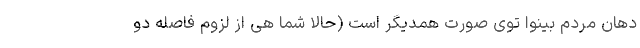
دهان مردم بینوا توی صورت همدیگر است (حالا شما هی از لزوم فاصله دو